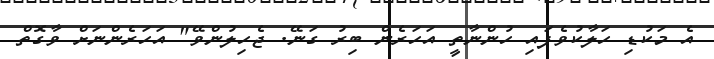
އެ މަކުޑި ހަލާކުވެފައި ހުންނާތީ އަހަރެން ބިރު ގަނޭ. ޖެހިލުންވޭ" އަހަރެންނަށް ވާގޮތް